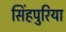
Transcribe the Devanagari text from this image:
सिंहपुरिया